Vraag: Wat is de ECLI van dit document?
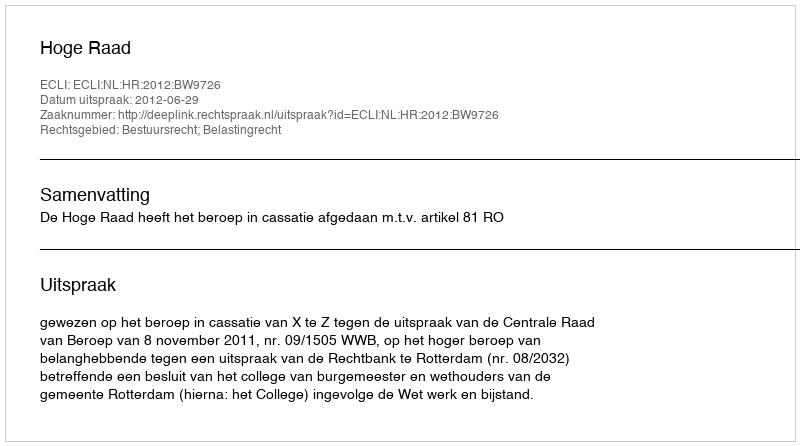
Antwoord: ECLI:NL:HR:2012:BW9726